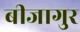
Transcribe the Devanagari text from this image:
बीजागुर